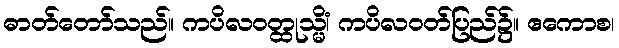
ဓာတ်တော်သည်။ ကပိလဝတ္ထုသ္မိံ၊ ကပိလဝတ်ပြည်၌။ ဧကောစ၊